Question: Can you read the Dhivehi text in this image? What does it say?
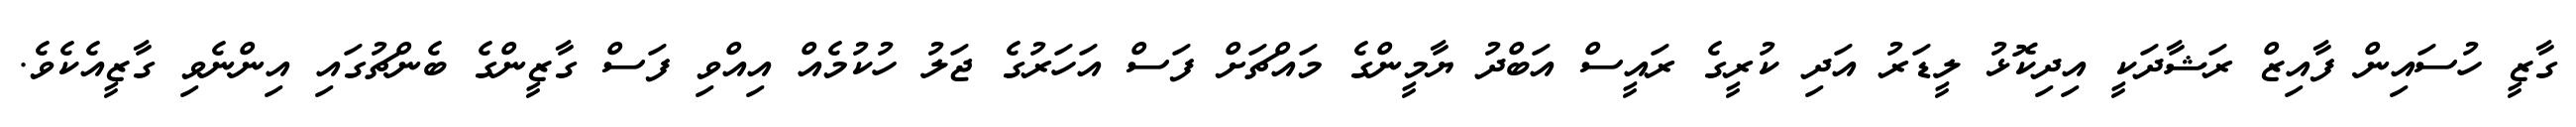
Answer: ގާޒީ ހުސައިން ފާއިޒް ރަޝާދަކީ އިދިކޮޅު ލީޑަރު އަދި ކުރީގެ ރައީސް އަބްދު ޔާމީންގެ މައްޗަށް ފަސް އަހަރުގެ ޖަލު ހުކުމެއް އިއްވި ފަސް ގާޒީންގެ ބެންޗުގައި އިންނެވި ގާޒީއެކެވެ.